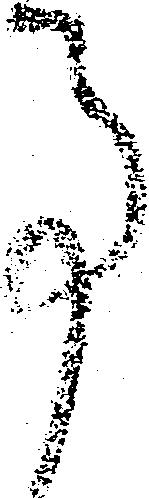
事